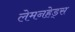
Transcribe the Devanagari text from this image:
लेमनहेड्स